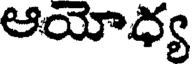
ఆయోధ్య